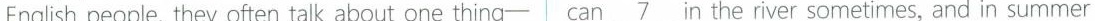
English people, they often talk about one thing can\underline{7} in the river sometimes, and in summer